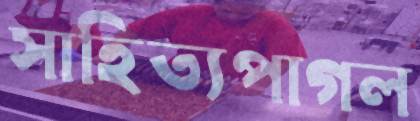
সাহিত্যপাগল